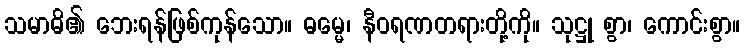
သမာဓိ၏ ဘေးရန်ဖြစ်ကုန်သော။ ဓမ္မေ၊ နီဝရဏတရားတို့ကို။ သုဋ္ဌု စွာ၊ ကောင်းစွာ။